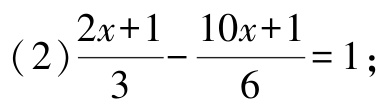
(2)$\frac{2x + 1}{3} - \frac{10x + 1}{6} = 1$;